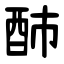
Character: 䣪